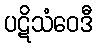
ပဋိသံဝေဒီ